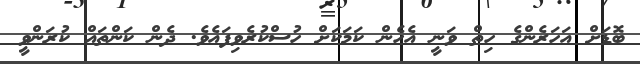
ބޮޑަށް އަހަރެންގެ ހިތް ވަނީ އެހެން ކަމަކަށް ހުސްކުރެވިފައެވެ. ދެން ކަންތައް ކުރަންވީ